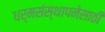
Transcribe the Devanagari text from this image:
धर्मसंस्थापनेसाठी